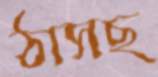
ঠাসছ